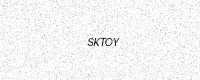
Text: SKTOY